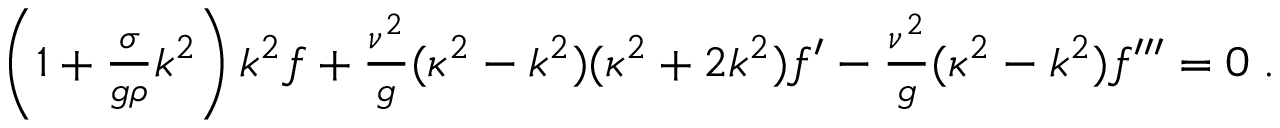
\begin{array} { r } { \left( 1 + \frac { \sigma } { g \rho } k ^ { 2 } \right) k ^ { 2 } f + \frac { \nu ^ { 2 } } { g } ( \kappa ^ { 2 } - k ^ { 2 } ) ( \kappa ^ { 2 } + 2 k ^ { 2 } ) f ^ { \prime } - \frac { \nu ^ { 2 } } { g } ( \kappa ^ { 2 } - k ^ { 2 } ) f ^ { \prime \prime \prime } = 0 \; . } \end{array}